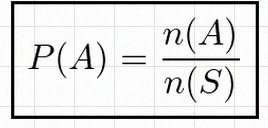
P(A)=\frac{n(A)}{n(S)}